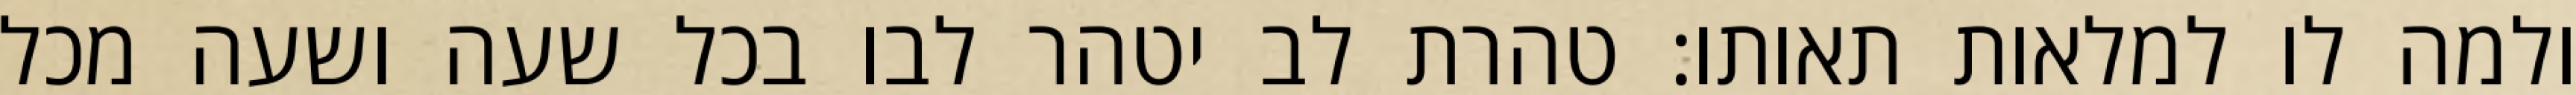
ולמה לו למלאות תאותו: טהרת לב יטהר לבו בכל שעה ושעה מכל